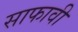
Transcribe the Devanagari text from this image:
साफावी